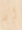
إن